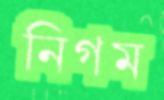
নিগম